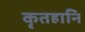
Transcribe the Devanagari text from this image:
कृतहानि